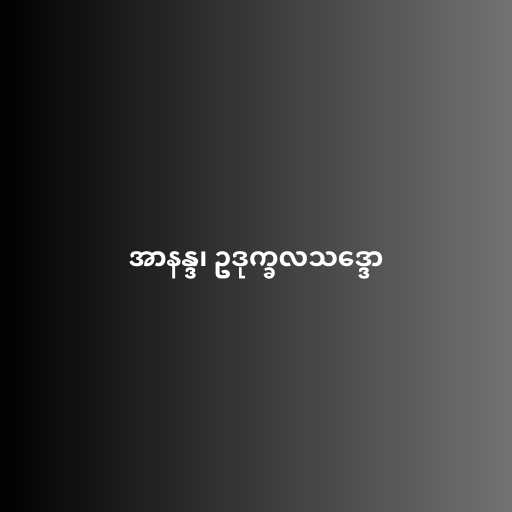
အာနန္ဒ၊ ဥဒုက္ခလသဒ္ဒော